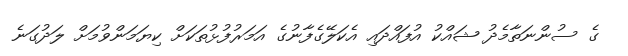
ގެ ސުންނަތާމެދު ޝައްކު އުފައްދައި އެކަލޭގެފާނުގެ އަމަރުފުޅުތަކަށް ކިޔަމަންވުމަށް ލަދުގަނެ